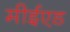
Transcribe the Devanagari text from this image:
मीईएड